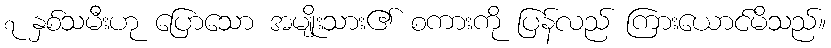
၇ နှစ်သမီးဟု ပြောသော အမျိုးသား၏ စကားကို ပြန်လည် ကြားယောင်မိသည်။